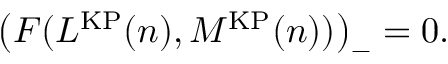
\left( F ( L ^ { \mathrm { K P } } ( n ) , M ^ { \mathrm { K P } } ( n ) ) \right) _ { - } = 0 .